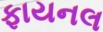
ફાયનલ